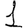
Digit: 1